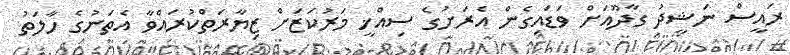
ރައީސް ނަޝީދު ގާދޫއަށް ވަޑައިގެން އެރަށުގެ ސިއްޚީ މަރުކަޒަށް ޒިޔާރަތްކުރައްވާ އެތަނުގެ ހާލަތު